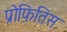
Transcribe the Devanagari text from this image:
प्रोफ़ितिस